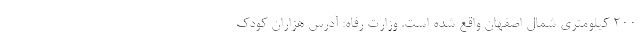
۲۰۰ کیلومتری شمال اصفهان واقع شده است. وزارت رفاه: آدرس هزاران کودک